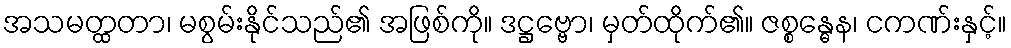
အသမတ္ထတာ၊ မစွမ်းနိုင်သည်၏ အဖြစ်ကို။ ဒဋ္ဌဗ္ဗော၊ မှတ်ထိုက်၏။ ဇစ္စန္ဓေန၊ ငကဏ်းနှင့်။